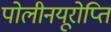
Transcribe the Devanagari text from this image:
पोलीनयूरोप्ति